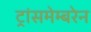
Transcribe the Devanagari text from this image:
ट्रांसमेम्बरेन